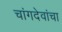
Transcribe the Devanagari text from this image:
चांगदेवांचा